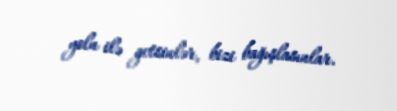
yolu ilə getsinlər, bizi bağışlasınlar.